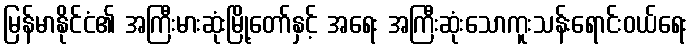
မြန်မာနိုင်ငံ၏ အကြီးမားဆုံးမြို့တော်နှင့် အရေး အကြီးဆုံးသောကူးသန်းရောင်းဝယ်ရေး